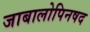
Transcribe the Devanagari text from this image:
जाबालोपिनषद